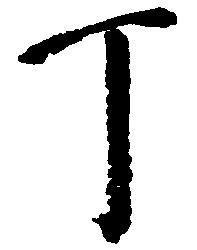
丁